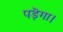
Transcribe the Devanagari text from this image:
पड़ॆगा।